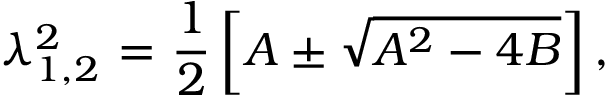
\lambda _ { 1 , 2 } ^ { 2 } \mathrm { ~ = ~ } \frac { 1 } { 2 } \left[ A \pm \sqrt { { { A } ^ { 2 } } - 4 B } \right] ,